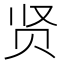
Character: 贤